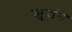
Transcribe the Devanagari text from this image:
जुरांग